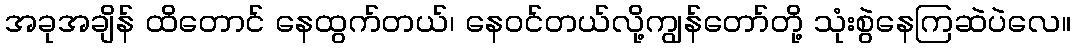
အခုအချိန် ထိတောင် နေထွက်တယ်၊ နေဝင်တယ်လို့ကျွန်တော်တို့ သုံးစွဲနေကြဆဲပဲလေ။